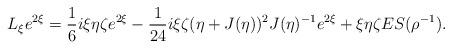
LaTeX: \begin{align*}L_\xi e^{2\xi} = \frac16i\xi\eta\zeta e^{2\xi} - \frac1{24}i\xi\zeta (\eta + J(\eta))^2J(\eta)^{-1} e^{2\xi} + \xi\eta\zeta ES(\rho^{-1}).\end{align*}